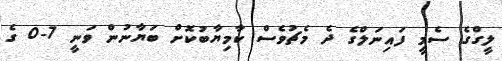
ލީގްގެ ސެމީ ފައިނަލްގެ ދެ މެޗުވެސް ކާމިޔާބުކޮށް ބަޔާނުން ވަނީ 7-0 ގެ